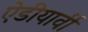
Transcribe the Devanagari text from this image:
ऐडीयार्वी